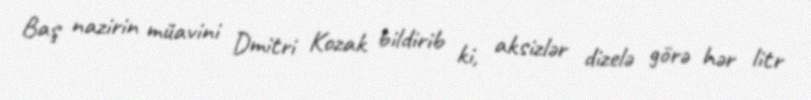
Baş nazirin müavini Dmitri Kozak bildirib ki, aksizlər dizelə görə hər litr